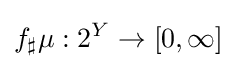
f_{\sharp }\mu :2^{Y}\to [0,\infty ]